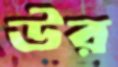
উর